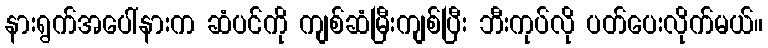
နားရွက်အပေါ်နားက ဆံပင်ကို ကျစ်ဆံမြီးကျစ်ပြီး ဘီးကုပ်လို ပတ်ပေးလိုက်မယ်။